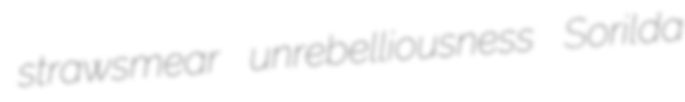
strawsmear unrebelliousness Sorilda